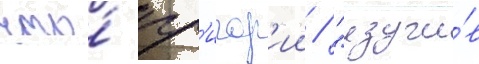
что́ гр'игор'ии / "изучи́в